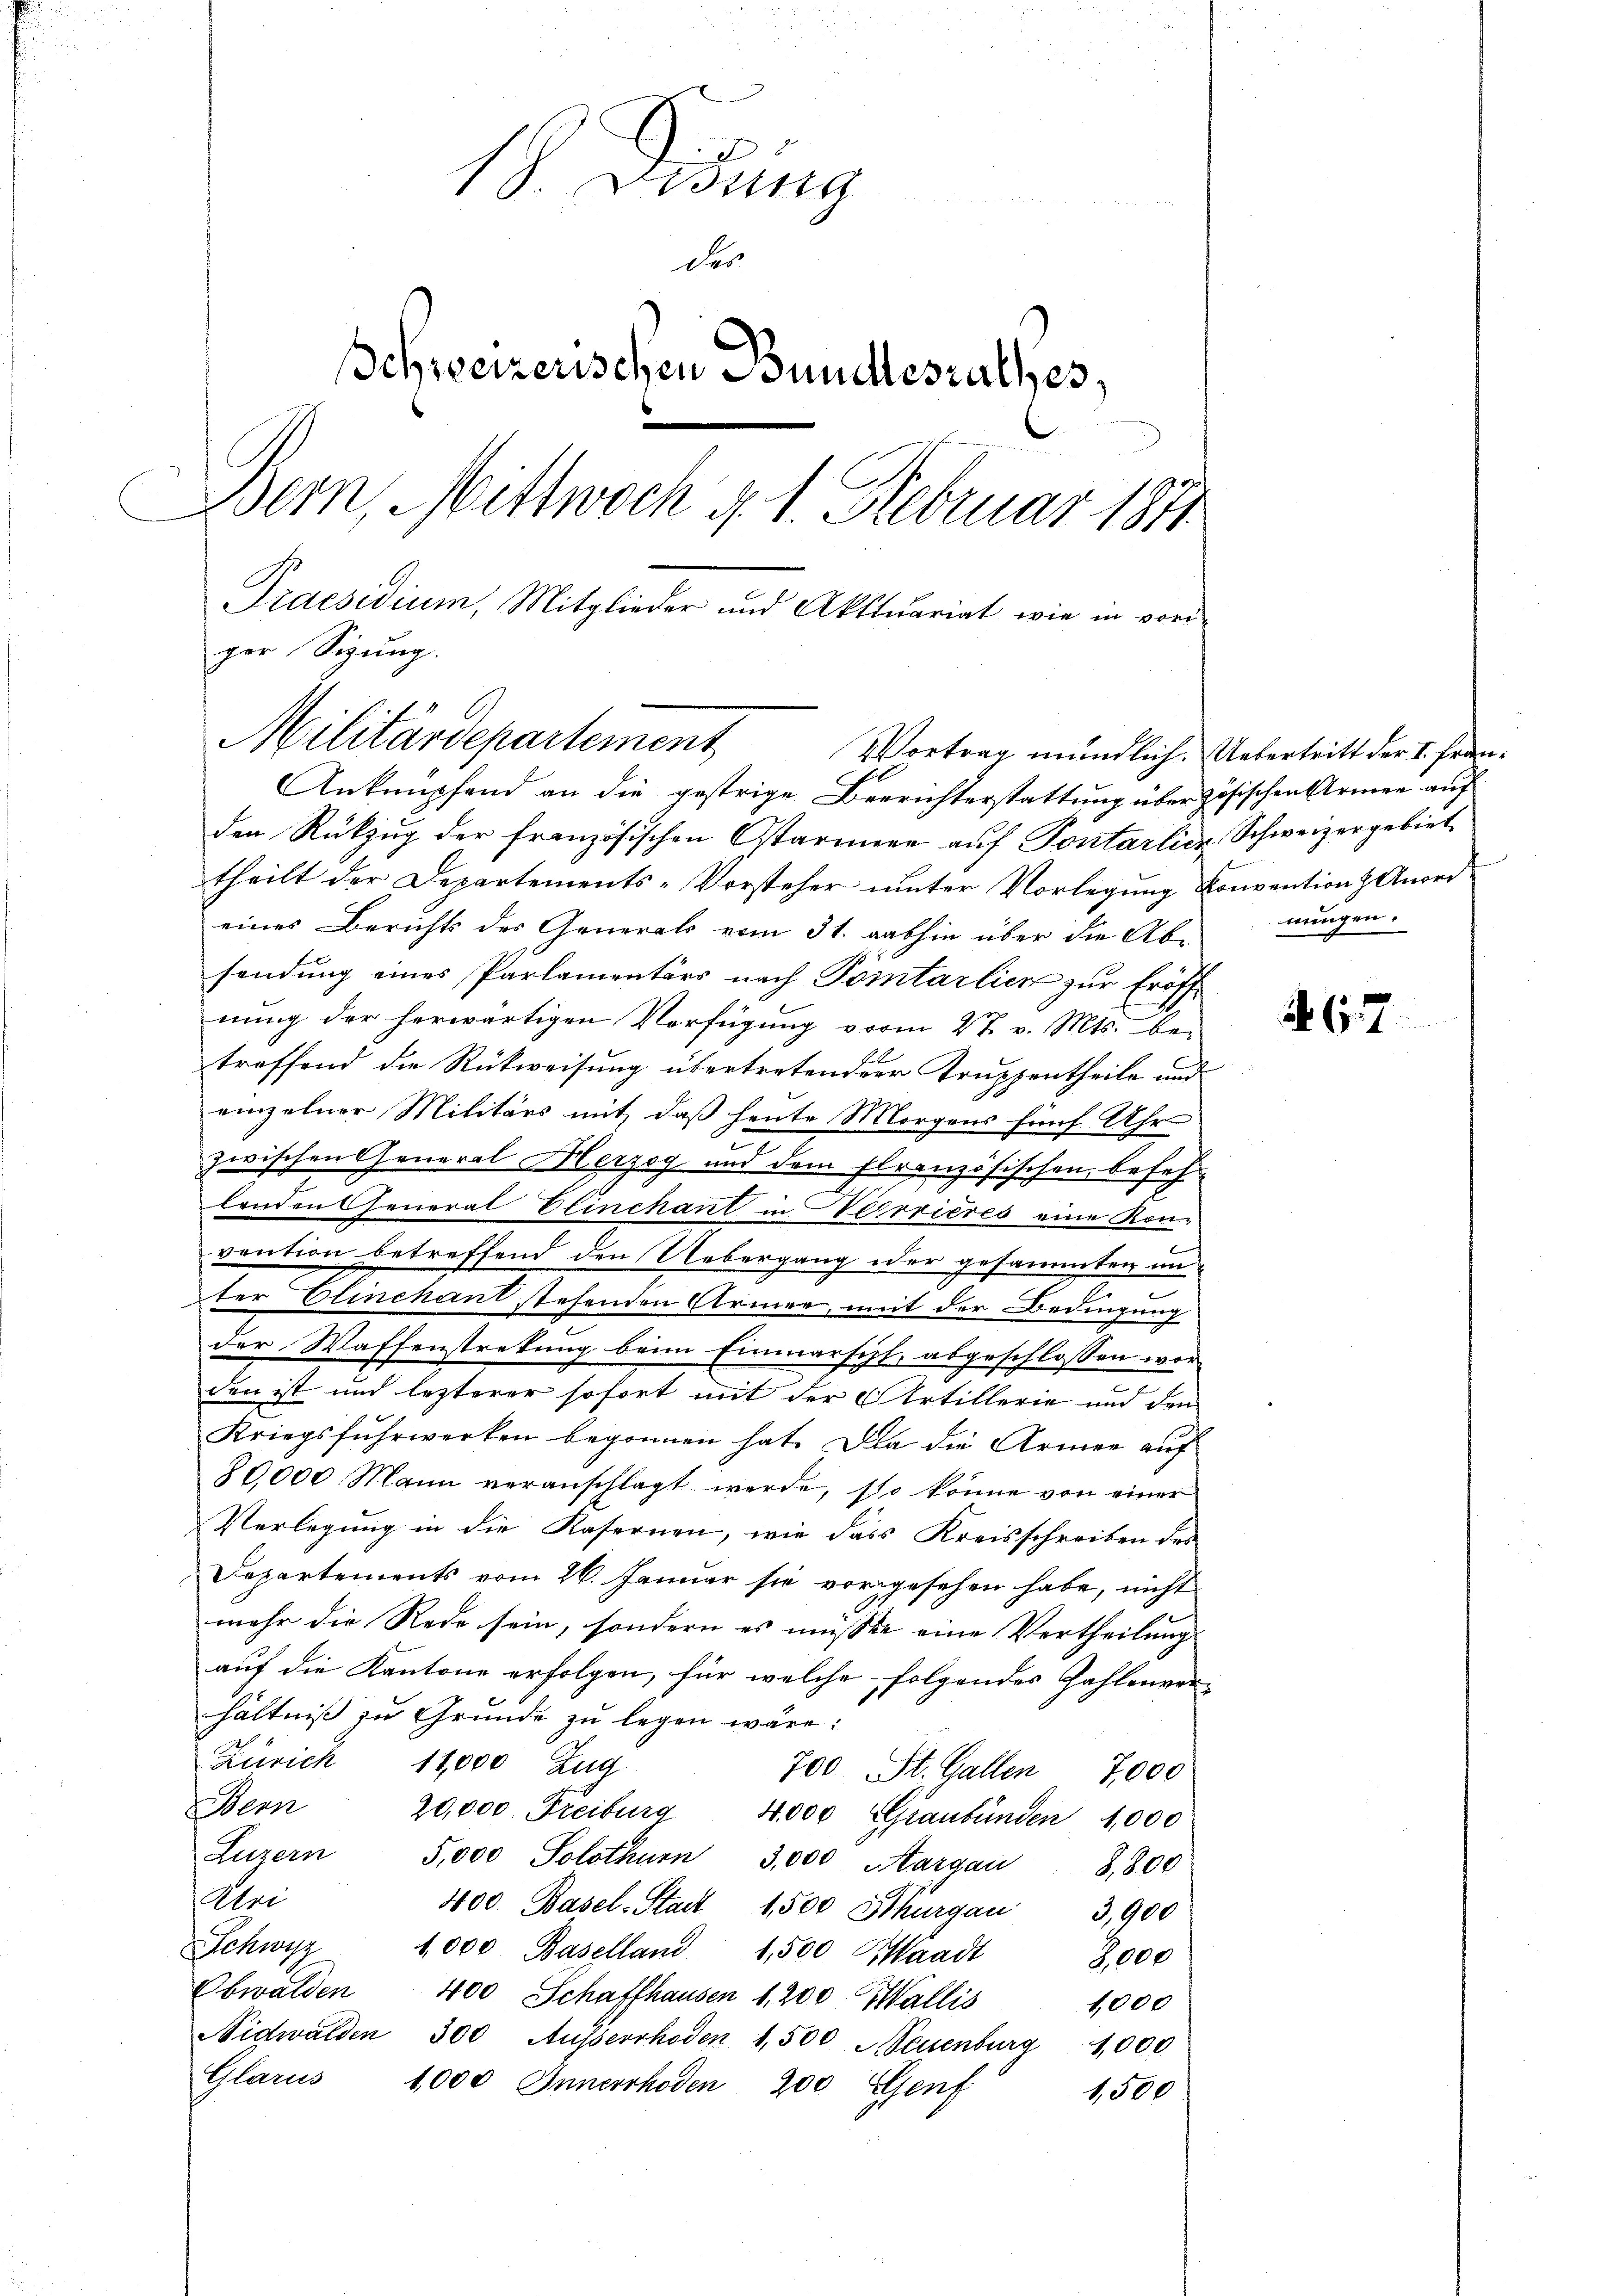
18. Didung
des
Schweizerischen Bundesrathes,
Bern, Mittwoch d. 1. Februar 1841.
Praesidium, Mitglieder und Aktuariat wie in voriger Sigung.
Militärdepartement,
Vortrag mündlich. Uebertritt der I. Fran¬
Anknüpfend an die gestrige Beerichterstattung überzösischen Armen auf
den Rükzug der französischen Ostarmere auf Pontarlier, Schweizergebiet

theilt der Departements-Vorsteher unter Vorlegung Konvention & Anord
eines Berichts des Generals vom 31. aushin über die Absendung eines Parlamentärs nach Pomtarlier zur Eröffnung der herwärtigen Verfügung vorm 4t v. Mts. betreffend die Rückweisung übertretenderer Truppentheile und
einzelner Militärs mit, daß heute Morgens fünf Uhr
zwischen General Herzog und dem flranzösischen, befehlenden General Elinchant in Verrieres eine Konvention betreffend den Uebergang oder gesammten unter Elinchant stehenden Armen, mit der Bedingung
der Waffenstretung beim Einmarscht, abgeschlossen wor
e
den ist und lezterer sofort mit der Artillerie und den
Kriegsfuhrwerken begonnen hat. Die die Armer auf
80,000 Mann veranschlagt werde, so könne von einer
Verlegung in die Kasernen, wie das Kreisschreiben des
Departements vom 26. Januar sie vorgesehen habe, nicht
mehr die Rede sein, sondern es müssen eine Vertheilung
auf die Kantone erfolgen, für welche folgendes Zahlenver-
hältniß zu Grunde zu legen wäre:
Zürich 11,000 Zug
700. St. Gallen 7,000
Bern 20,000 Freiburg 4000 Graubünden 1,000
Luzern 5,000 Solothurn 3,000 Aargau 8,800
Uri
400 Basel-Stadt 1500 Sthurgau 3,900
Schwyz 1000 Baselland 1500 Waadt 3,000
Obwalden 400 Schaffhausen 1,200 Wallis
1,000
Nidwalden 300 Ausserrhoden 1,500 Neuenburg 1,000
Glarus
1,000 Innerrhoden 200 Genf
1,500

nungen.

67